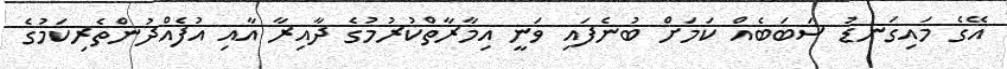
އޭގެ މައިގަނޑު ސަބަބެއް ކަމަށް ބުނެފައި ވަނީ އިމާރާތްކުރުމުގެ ދާއިރާ އާއި އުފެއްދުންތެރިކަމުގެ